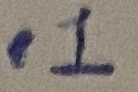
Text: .1